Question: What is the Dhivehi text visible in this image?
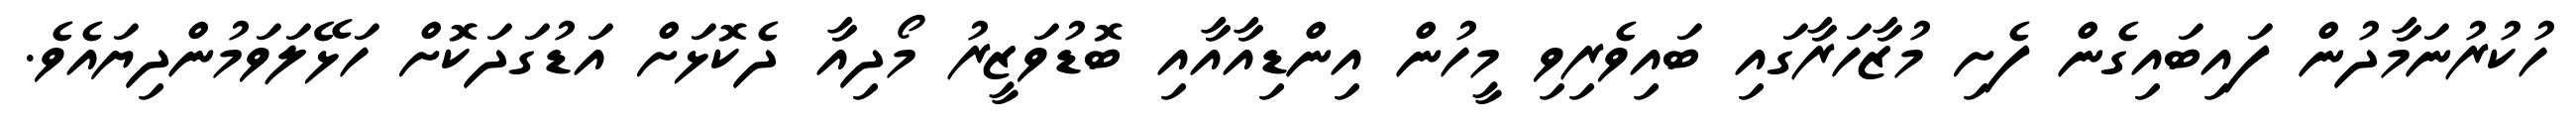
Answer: ހުކުރުނަމާދުން ފައިބައިގެން ފެށި މުޒާހަރާގައި ބައިވެރިވި މީހުން އިންޑިއާއާއި ބޮޑުވަޒީރު މޯދިއާ ދެކޮޅަށް އަޑުގަދަކޮށް ހަޅޭލަވަމުންދިޔައެވެ.